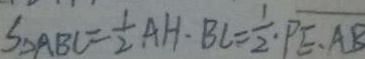
S _ { \Delta A B C } = \frac { 1 } { 2 } A H \cdot B C = \frac { 1 } { 2 } \cdot \overline { P E \cdot A B }